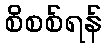
စိစစ်ရန်